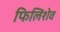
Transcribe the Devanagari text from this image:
फिलिशेव